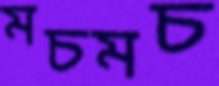
মচমচ